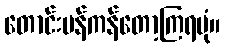
တောင်းပန်ကန်တော့ကြရပုံ။